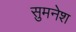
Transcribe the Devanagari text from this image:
सुमनेश